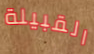
القبيلة